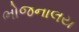
ભોજનાલય